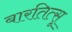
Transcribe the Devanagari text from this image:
बारतित्सू